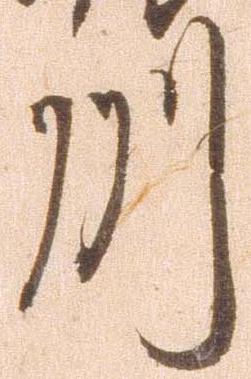
州